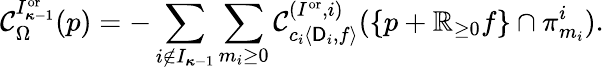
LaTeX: \mathcal{C}_{\Omega}^{I_{{\boldsymbol{\kappa}}-1}^{\mathrm{or}}}(p)=-\sum_{i\notin I_{{\boldsymbol{\kappa}}-1}}\sum_{m_{i}\ge 0}\mathcal{C}_{c_{i}\langle\mathsf{D}_{i},f\rangle}^{(I^{\mathrm{or}},i)}(\{ p+\mathbb{R}_{\ge 0}f\} \cap\pi_{m_{i}}^{i}).